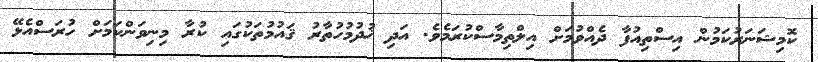
ކޮމިޝަނަރުކަމުން އިސްތިއުފާ ދެއްވުމަށް އިލްތިމާސްކުރަމެވެ. އަދި ޚުދުމުހުތާރު ޤައުމުތަކުގައި ކުރާ މިނިވަންކަމަށް ހުރަސްއެޅޭ